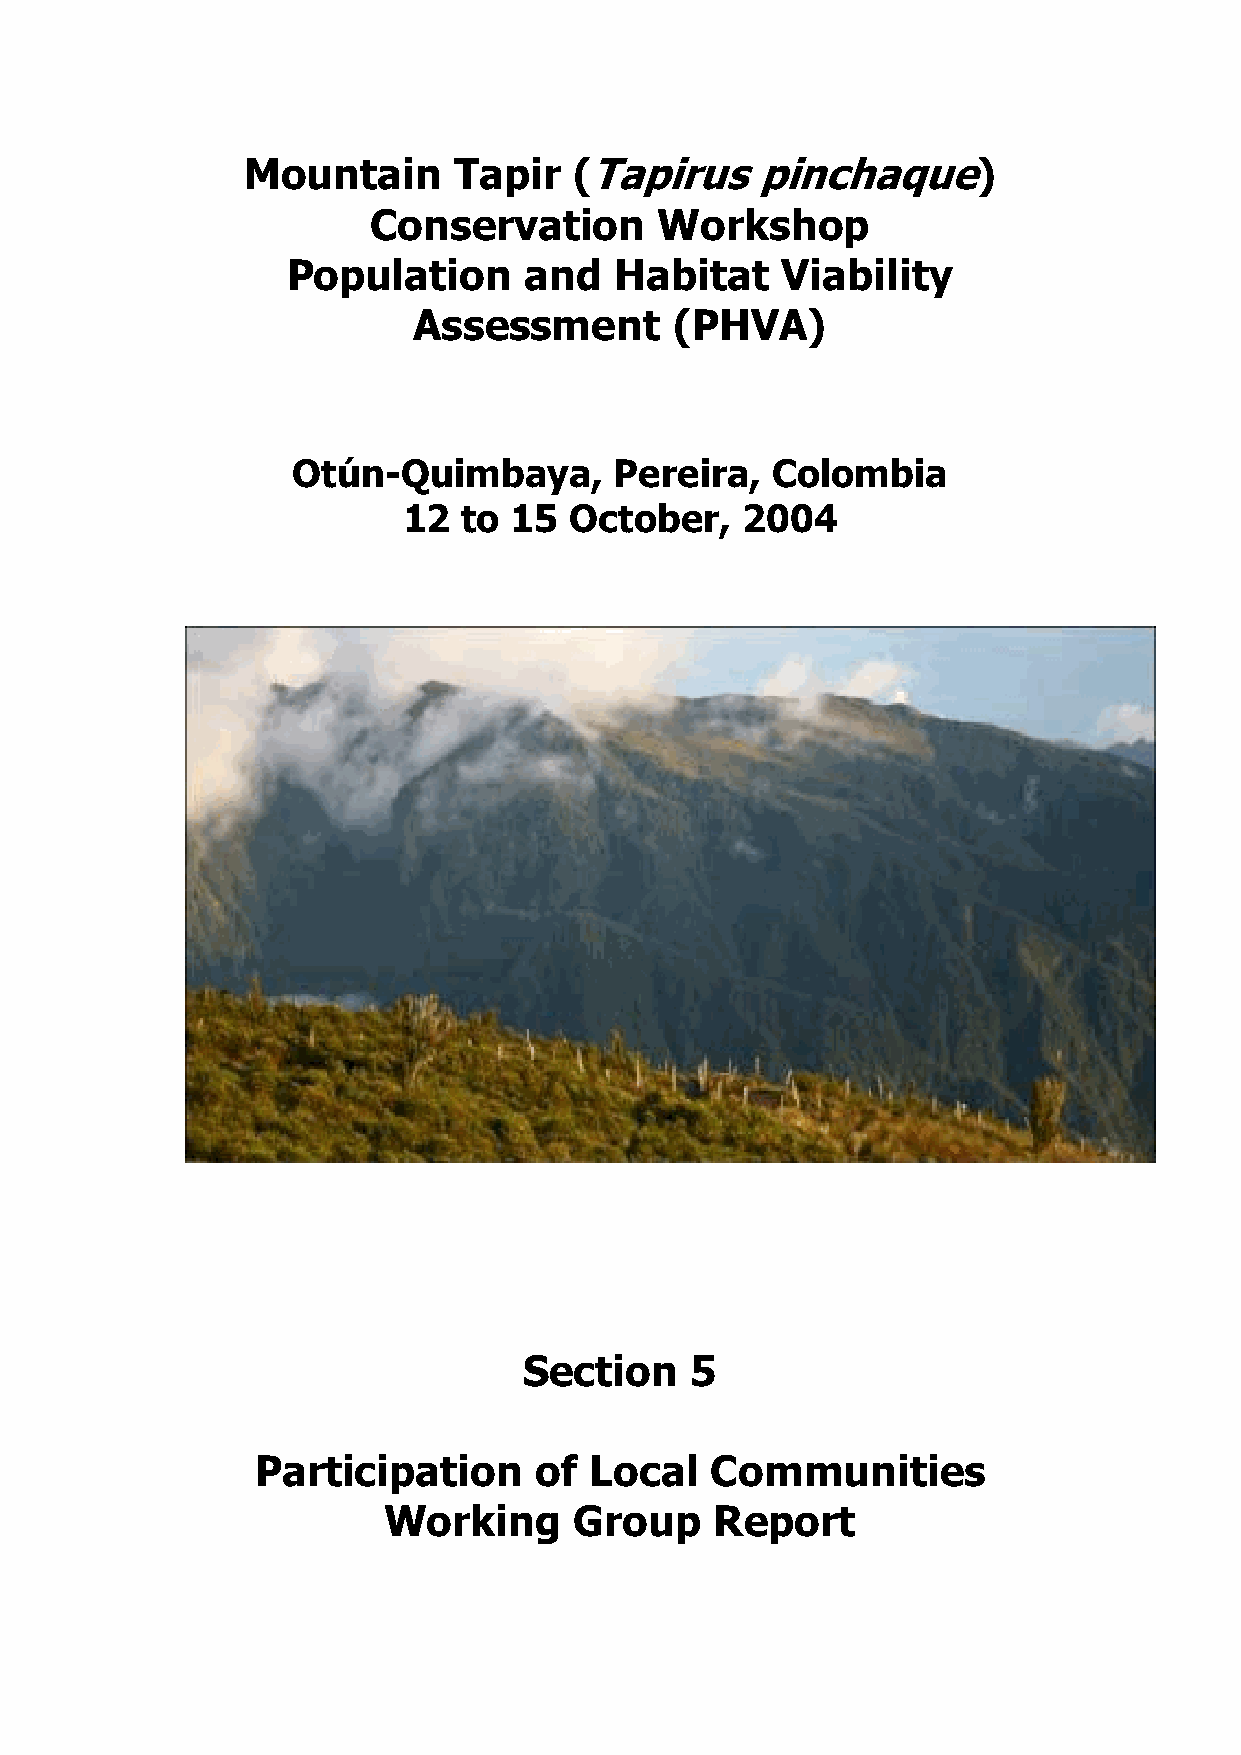
Mountain      Tapir   (Tapirus    pinchaque)
 Conservation       Workshop
 Population      and   Habitat    Viability
 Assessment        (PHVA)
 Otún-Quimbaya,        Pereira,  Colombia
 12  to 15  October,   2004
 Section    5
 Participation     of  Local   Communities
 Working      Group    Report